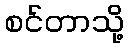
စင်တာသို့